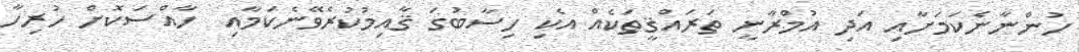
ހުންނާނެކަމަށާއި އަދި އުމްރާނީ ތަރައްޤީތަކެއް އެކި ހިސާބުގަ ޤާއިމުކުރެވޭނެކަމާއި  ހާއްސަކޮށް ހުރިހާ